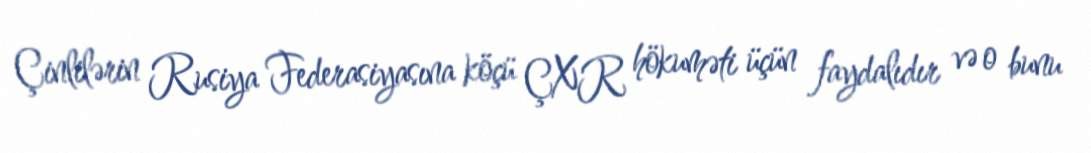
Çinlilərin Rusiya Federasiyasına köçü ÇXR hökuməti üçün faydalıdır və o bunu